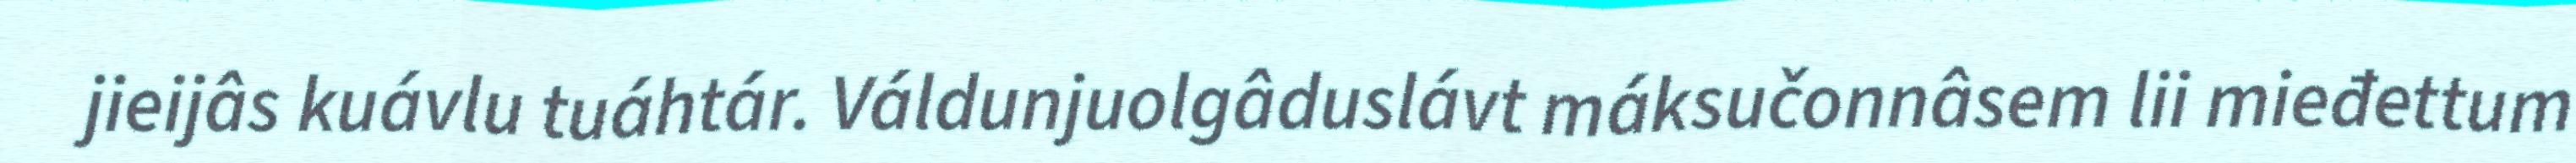
jieijâs kuávlu tuáhtár. Váldunjuolgâduslávt máksučonnâsem lii mieđettum